Indian Civil Veterinary Department memoirs
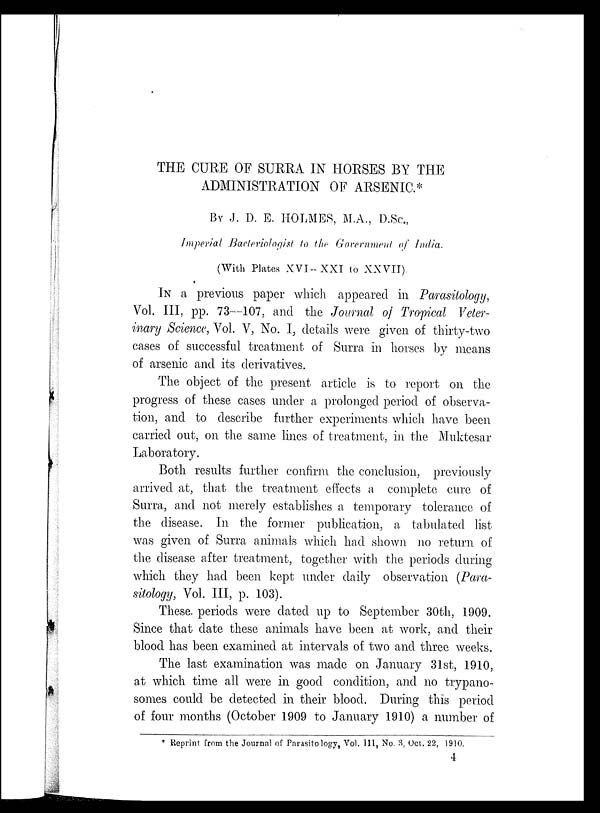
THE CURE OF SURRA IN HORSES BY THE
ADMINISTRATION OF ARSENIC.*
BY J. D. E. HOLMES, M.A., D.Sc.,
Imperial Bacteriologist to the Government of India.
(With Plates XVI-XXI to XXVII).
IN a previous paper which appeared in Parasitology,
Vol. III, pp. 73—107, and the Journal of Tropical Veter-
inary Science, Vol. V, No. I, details were given of thirty-two
cases of successful treatment of Surra in horses by means
of arsenic and its derivatives.
The object of the present article is to report on the
progress of these cases under a prolonged period of observa-
tion, and to describe further experiments which have been
carried out, on the same lines of treatment, in the Muktesar
Laboratory.
Both results further confirm the conclusion, previously
arrived at, that the treatment effects a complete cure of
Surra, and not merely establishes a temporary tolerance of
the disease. In the former publication, a tabulated list
was given of Surra animals which had shown no return of
the disease after treatment, together with the periods during
which they had been kept under daily observation (Para-
sitology, Vol. III, p. 103).
These periods were dated up to September 30th, 1909.
Since that date these animals have been at work, and their
blood has been examined at intervals of two and three weeks.
The last examination was made on January 31st, 1910,
at which time all were in good condition, and no trypano-
somes could be detected in their blood. During this period
of four months (October 1909 to January 1910) a number of
* Reprint from the Journal of Parasitology, Vol. III, No. 3, Oct. 22, 1910.
4